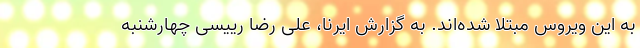
به این ویروس مبتلا شده‌اند. به گزارش ایرنا، علی رضا رییسی چهارشنبه